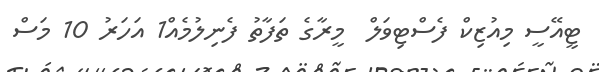
ޓީއޭސީ މިއުޒިކް ފެސްޓިވަލް  މީރާގެ ތަފާތު ފެނިލުމެއް1 އަހަރު 10 މަސް